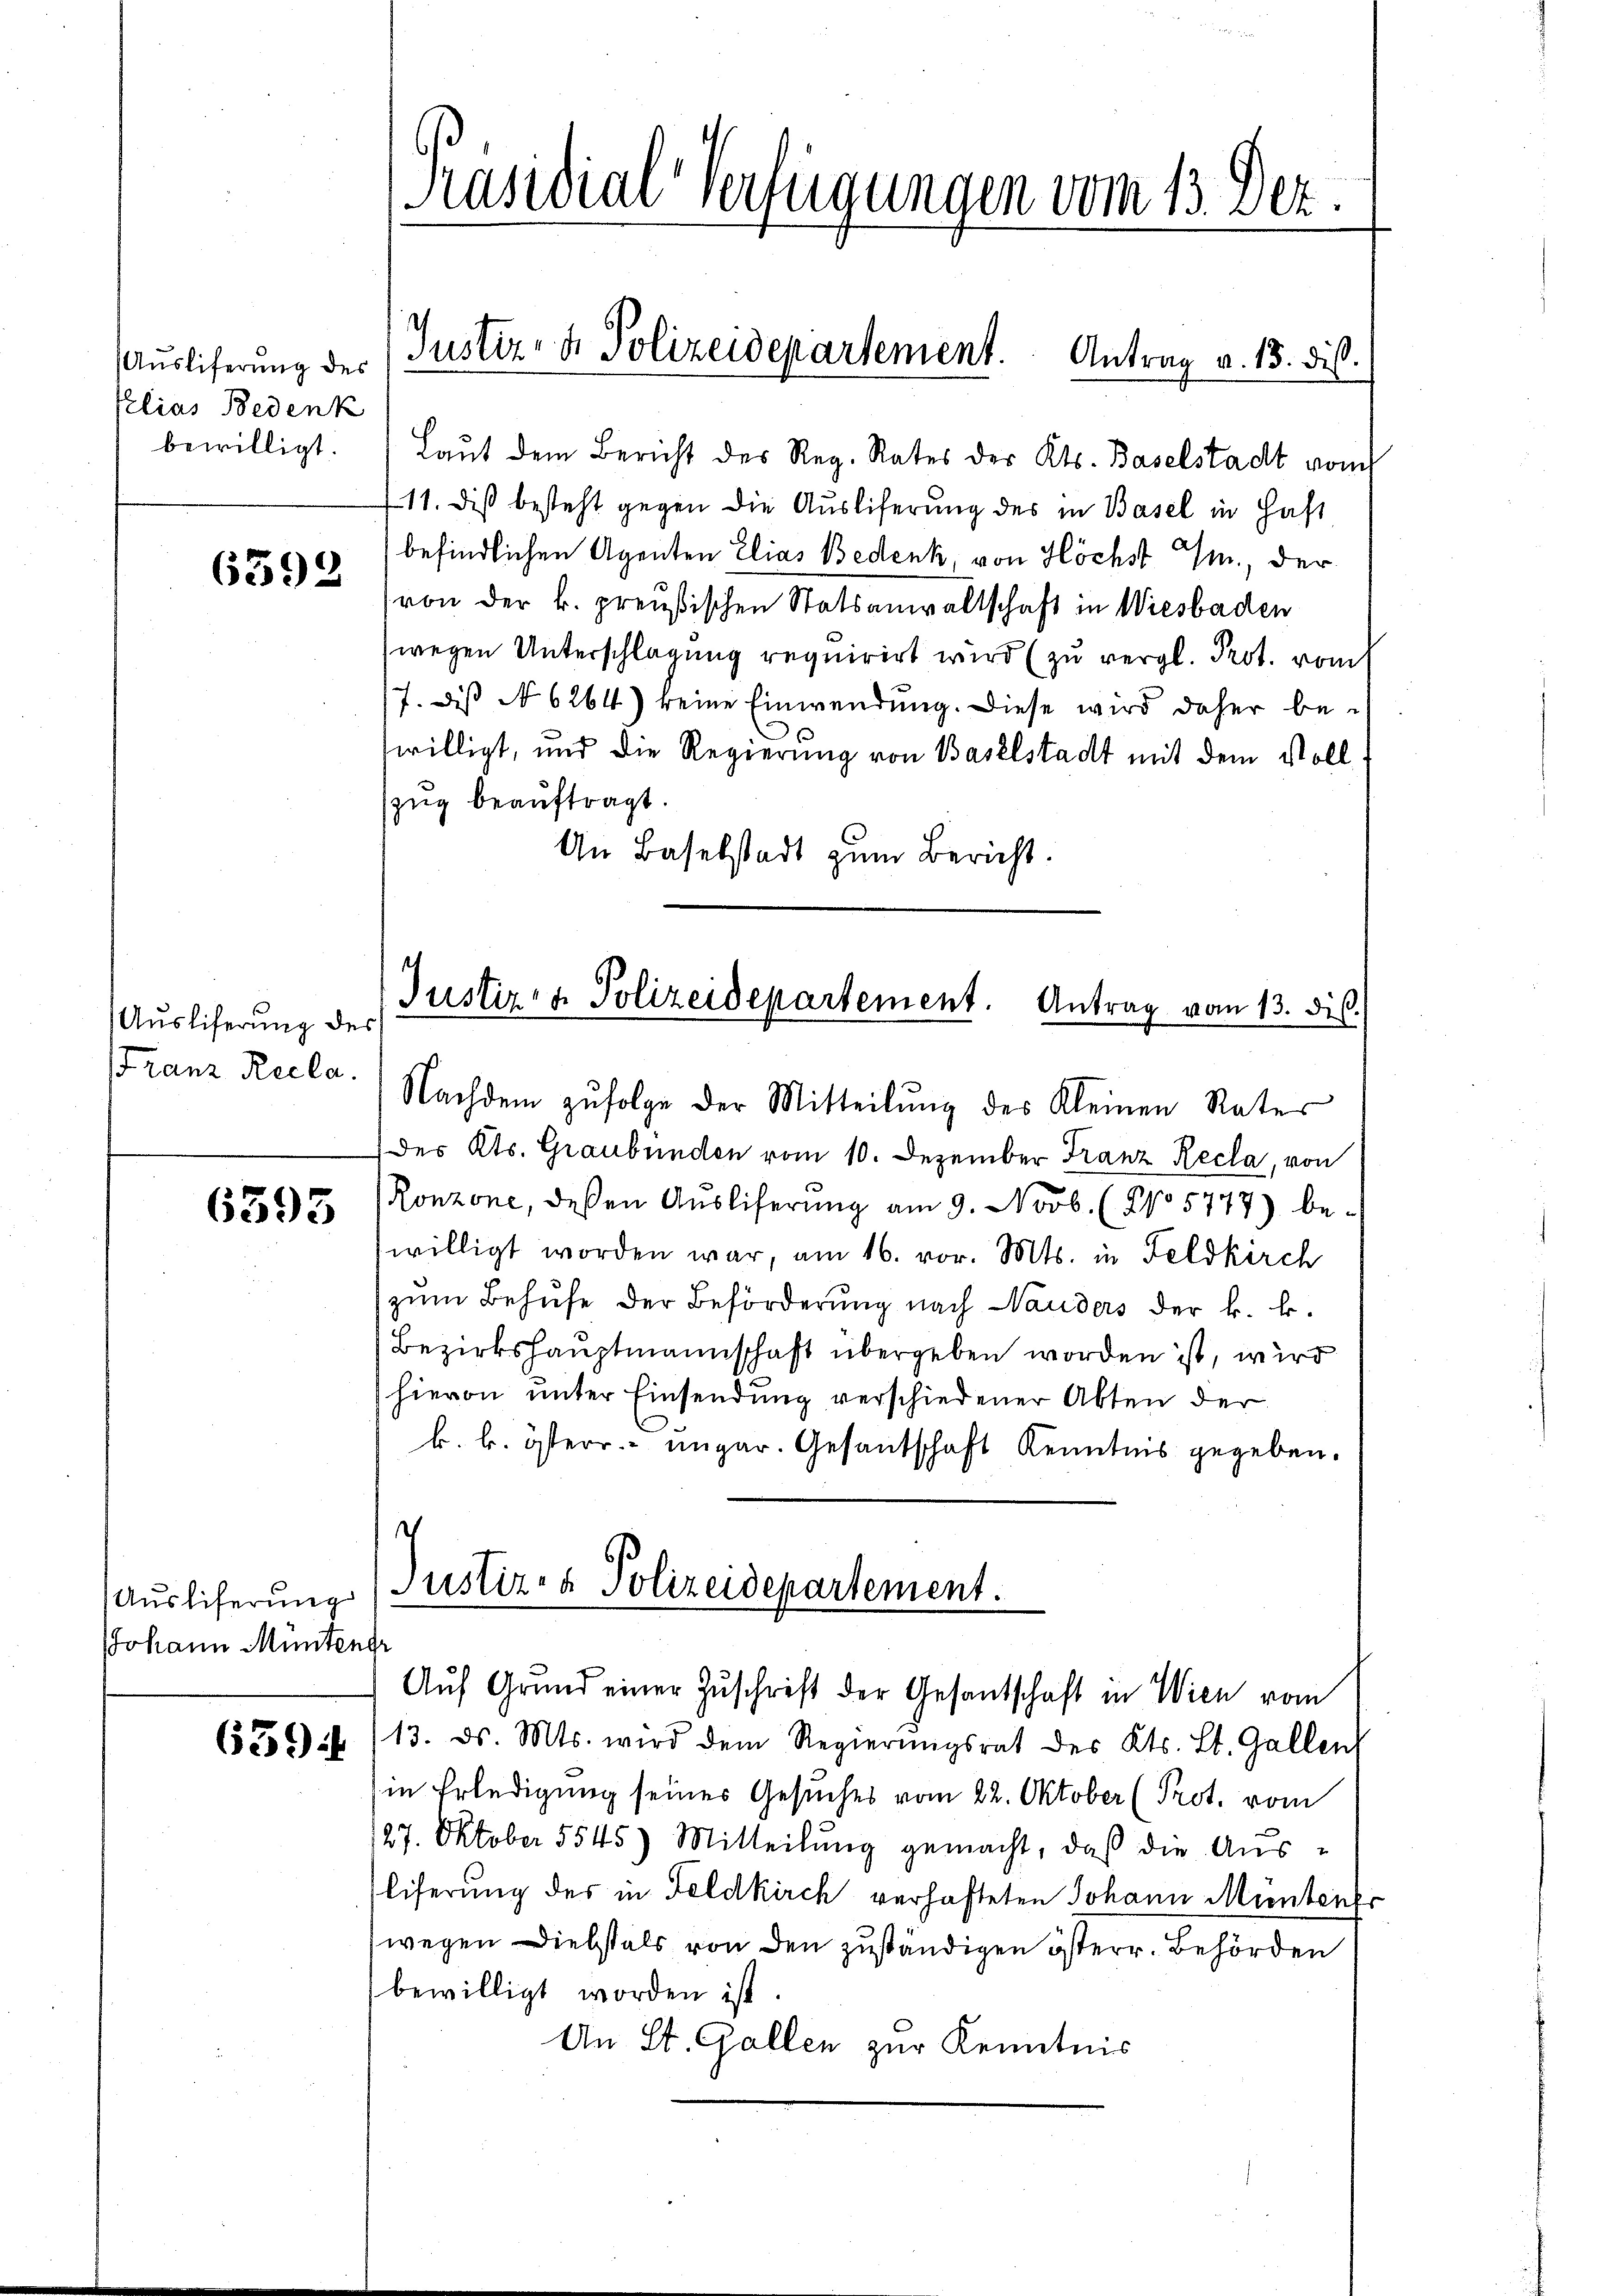
Ausliferung des
elias Bedenk
bewilligt.

6592

Ausliferung des
Franz Recla

6395

Ausliferung
JJohann Müntendi

6394

Präsidial-Verfügungen vom 13. Dez.

Justiz- & Polizeidepartement. Antrag v. 13. dies

Laŭt dem Bericht des Reg. Rates des Kts. Baselstadt vom
11. diß besteht gegen die Auslieferung des in Basel in Haft
befindlichen Agenten Elias Bedenk, von Höchst M., der
von der k. preußischen Statsanwaltschaft in Wiesbaden
wegen Unterschlagung requirirt wird (zu vergl. Prot. vom
7. Dis No 6264) keine Einwendung. Diese wird daher be-
willigt, und die Regierung von Baselstadt mit dem Voll
zzug beauftragt.
An Baselstadt zum Bericht.

Justiz- & Polizeidepartement. Antrag vom 13. ds.
Nachdem zŭfolge der Mitteilŭng des Kleinen Rates

des Kts. Graubünden vom 10. Dezember Franz Recla, von
Ronzone, deßen Ausliferung am 9. Novb. (NNo 5777) be-
willigt worden war, am 16. vor. Mts. in Feldkirch
zum Behufe der Beförderung nach Nauders der k. k.
Bezirkshauptmannschaft übergeben worden ist, wird
hievon unter Einsendung verschiedener Abten der
b k. österr. ungar. Gesandschaft Kenntnis gegeben.
.
Justiz- & Polizeidepartement.
Auf Grund einer Zuschrift der Gesantschaft in Wien vom
13. ds. Mts. wird dem Regierŭngsrat des Kts. Lt. Gallen
in Erledigung seines Gesuches vom 22. Oktober (Prot. vom
27. Oktober 5545) Mitteilung gemacht, daß die Aus¬
Eliserung des in Feldkirch verhafteten Johann Mienten
(wegen Diebstals von den zuständigen österr. Behörden
bewilligt worden ist.
An St. Gallen zur Kenntnis